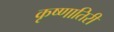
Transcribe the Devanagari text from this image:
कृष्णातिरी